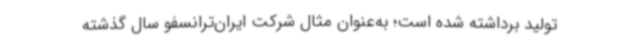
تولید برداشته شده است؛ به‌عنوان مثال شرکت ایران‌ترانسفو سال گذشته